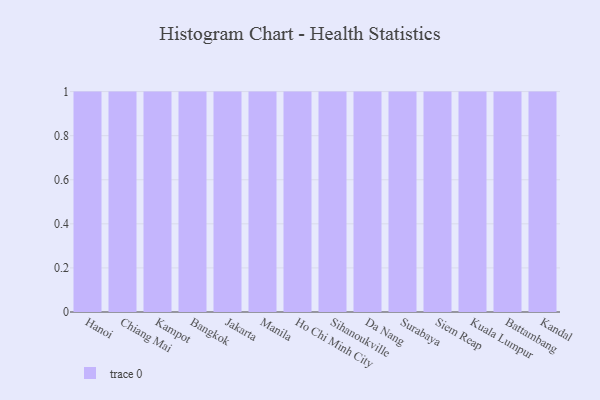
{"axis": {"x": "City", "y": "Shipments"}, "legend": [""], "data": [{"x": "Hanoi", "y": 36, "type": ""}, {"x": "Chiang Mai", "y": 34, "type": ""}, {"x": "Kampot", "y": 37, "type": ""}, {"x": "Bangkok", "y": 66, "type": ""}, {"x": "Jakarta", "y": 44, "type": ""}, {"x": "Manila", "y": 1, "type": ""}, {"x": "Ho Chi Minh City", "y": 18, "type": ""}, {"x": "Sihanoukville", "y": 19, "type": ""}, {"x": "Da Nang", "y": 37, "type": ""}, {"x": "Surabaya", "y": 11, "type": ""}, {"x": "Siem Reap", "y": 80, "type": ""}, {"x": "Kuala Lumpur", "y": 8, "type": ""}, {"x": "Battambang", "y": 62, "type": ""}, {"x": "Kandal", "y": 17, "type": ""}]}